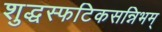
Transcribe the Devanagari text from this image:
शुद्धस्फटिकसन्निभम्